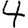
Digit: 4